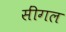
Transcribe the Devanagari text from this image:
सींगल